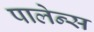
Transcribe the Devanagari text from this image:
पालेन्स